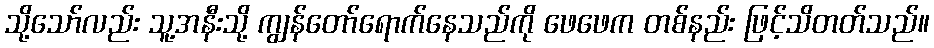
သို့သော်လည်း သူ့အနီးသို့ ကျွန်တော်ရောက်နေသည်ကို ဖေဖေက တစ်နည်း ဖြင့်သိတတ်သည်။